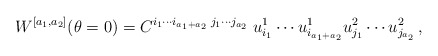
\begin{align*} W^{[a_1,a_2]}(\theta=0) = C^{i_1\cdots i_{a_1+a_2}\; j_1\cdots j_{a_2}} \; u^1_{i_1}\cdots u^1_{i_{a_1+a_2}} u^2_{j_1} \cdots u^2_{j_{a_2}} \, ,\end{align*}